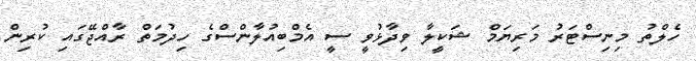
ހެލްތު މިނިސްޓަރު މަރިޔަމް ޝަކީލާ ވިދާޅުވީ ސީ އެމްބިއުލާންސްގެ ހިދުމަތް ރާއްޖޭގައި ކުރިން